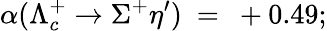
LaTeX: \alpha(\Lambda_{c}^{+}\rightarrow\Sigma^{+}\eta^{\prime})~=~+0.49;